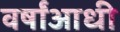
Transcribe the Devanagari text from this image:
वर्षांआधी